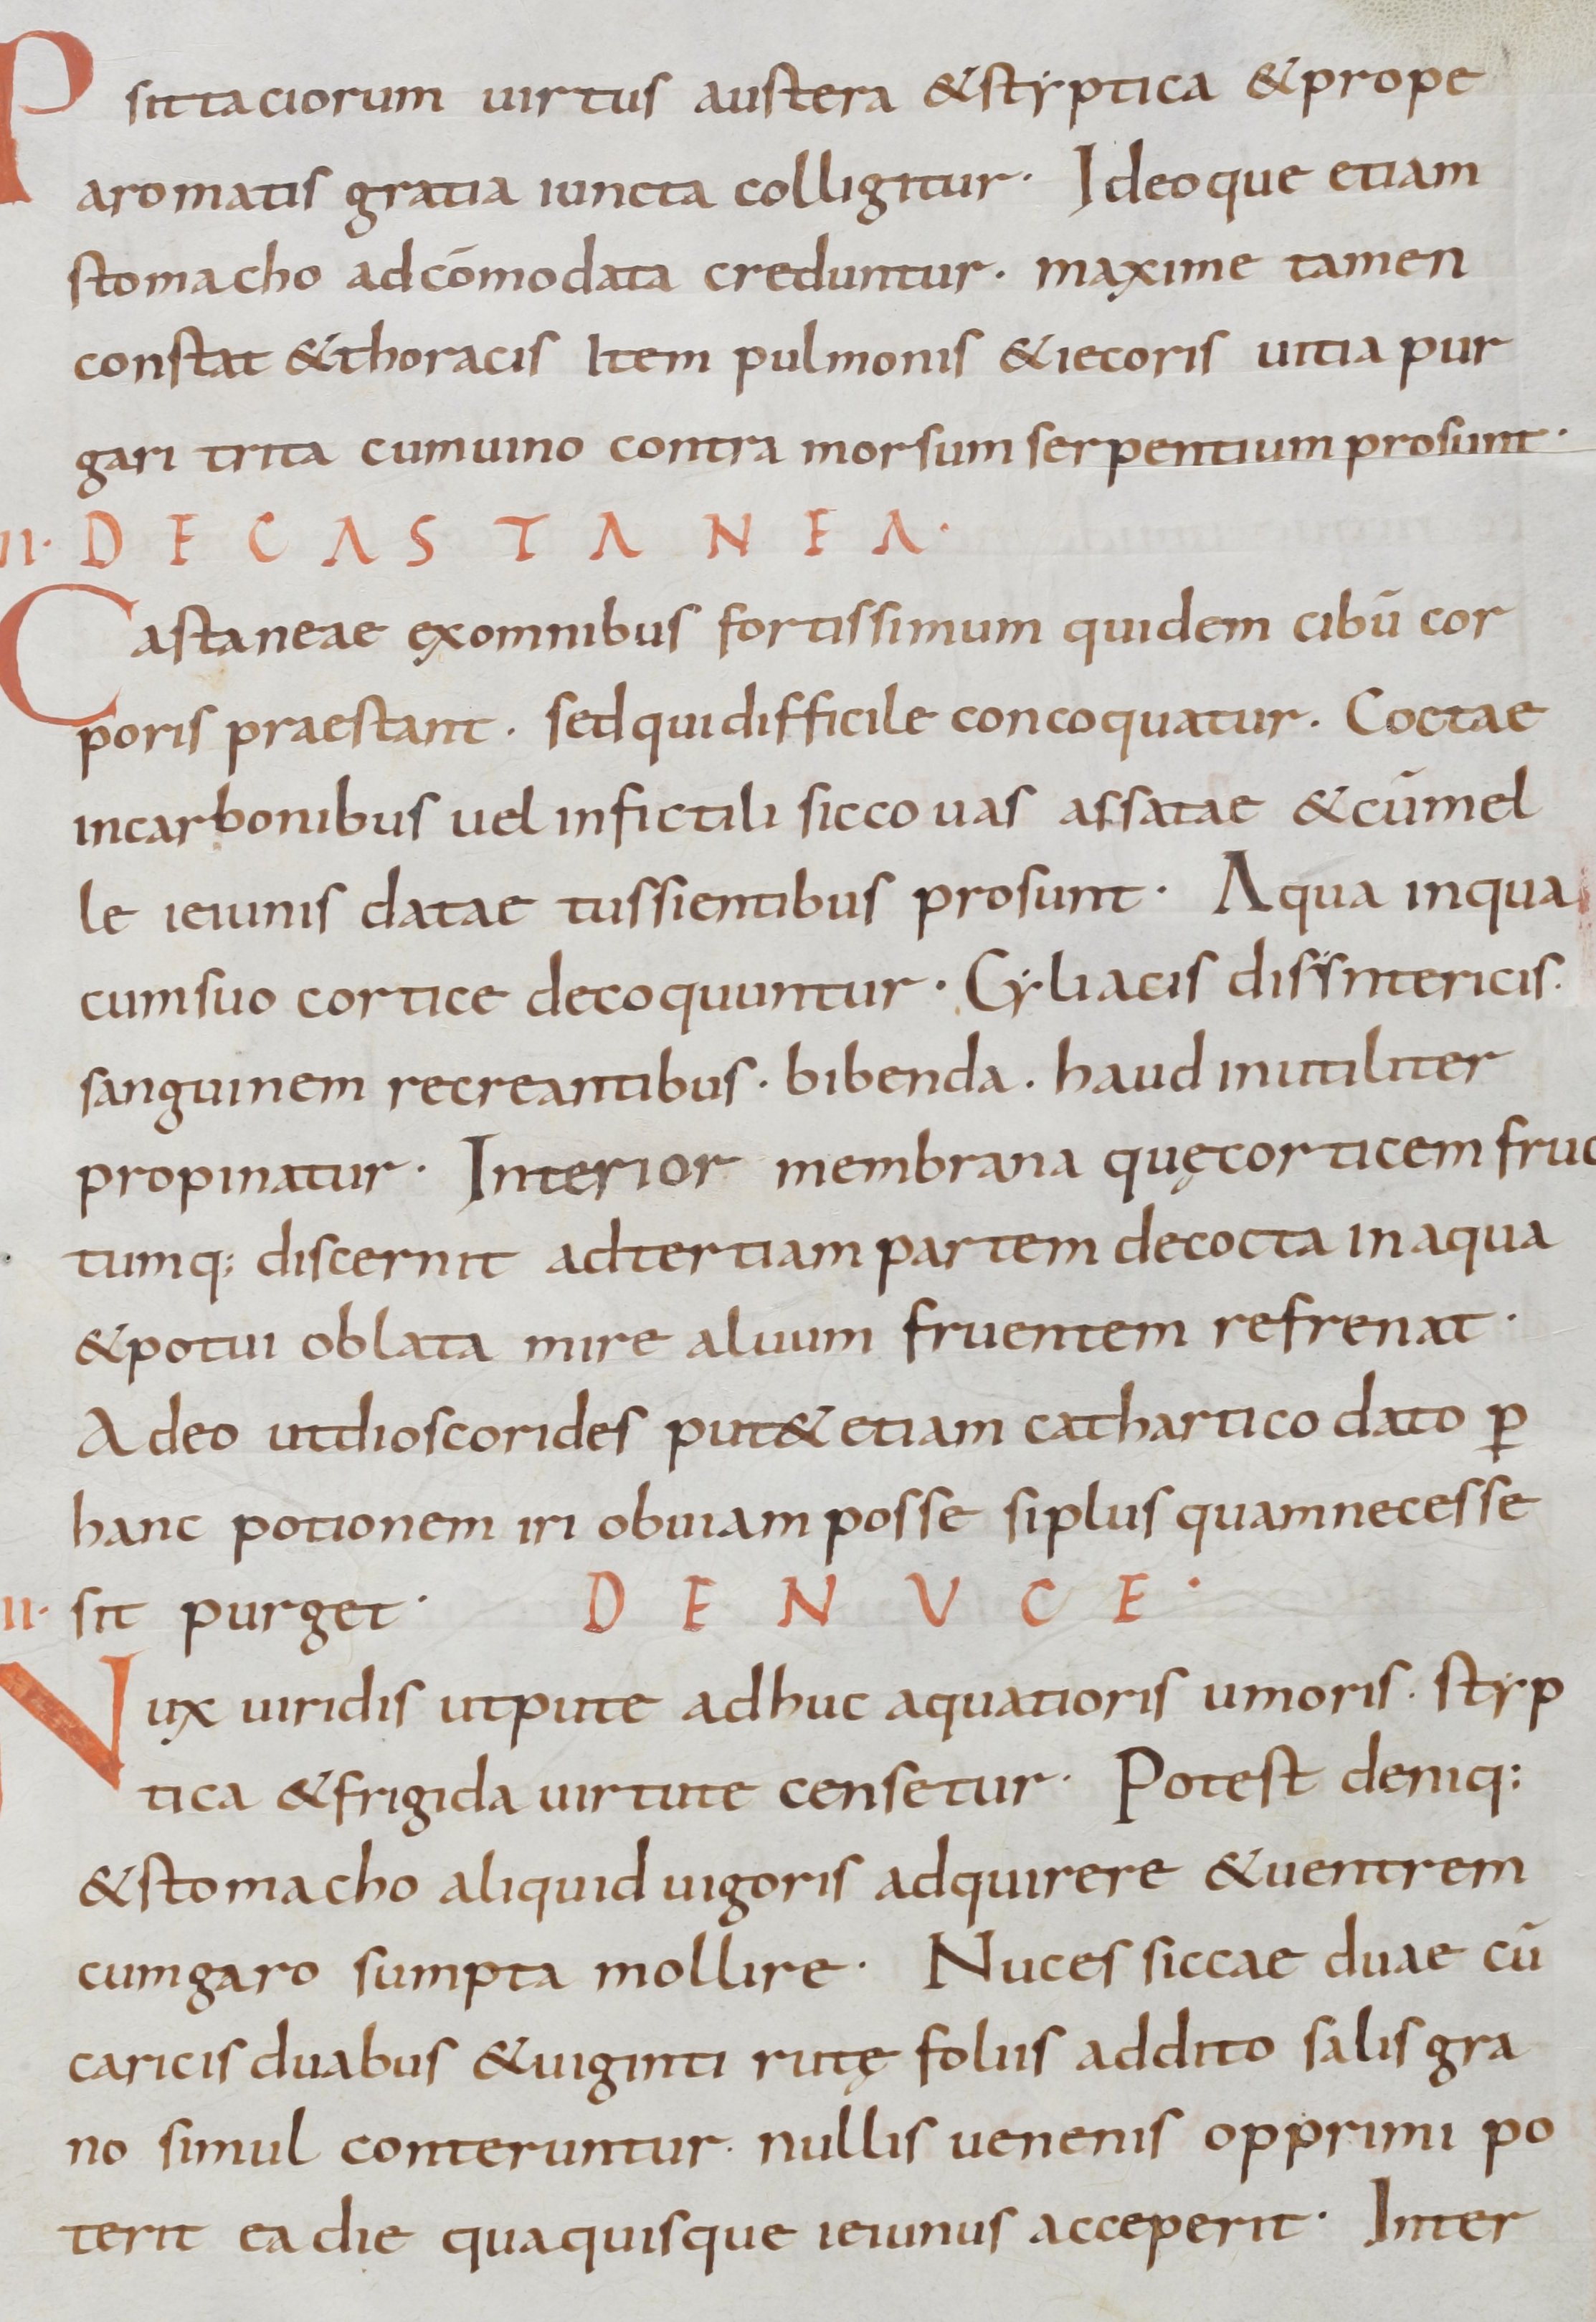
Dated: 900–1099